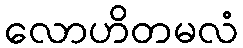
လောဟိတမလံ